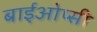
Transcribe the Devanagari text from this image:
बाईओप्सी